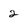
Character: 2